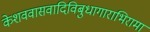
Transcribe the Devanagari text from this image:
केशववासवादिविबुधागाराभिरामां